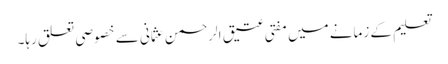
تعلیم کے زمانے میں مفتی عتیق الرحمن عثمانی سے خصوصی تعلق رہا۔